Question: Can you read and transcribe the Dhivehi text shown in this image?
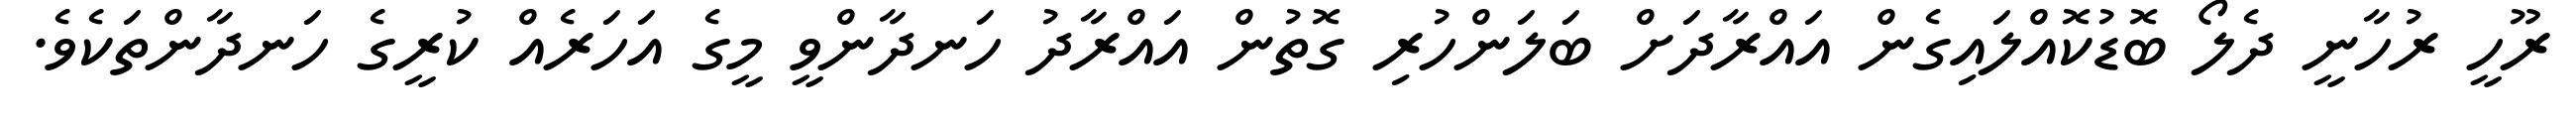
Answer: ރޫހީ ރުހާނީ ދެލޯ ބޮޑުކޮއްލައިގެން އައްރާދަށް ބަލަންހުރި ގޮތުން އައްރާދު ހަނދާންވީ މީގެ އަހަރެއް ކުރީގެ ހަނދާންތަކެވެ.